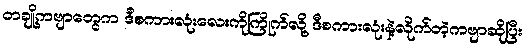
တချို့ကဗျာတွေက ဒီစကားလုံးလေးကိုကြိုက်လို့ ဒီစကားလုံးနဲ့လိုက်တဲ့ကဗျာဆိုပြီး